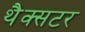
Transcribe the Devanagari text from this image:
थैक्सटर